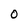
Character: O